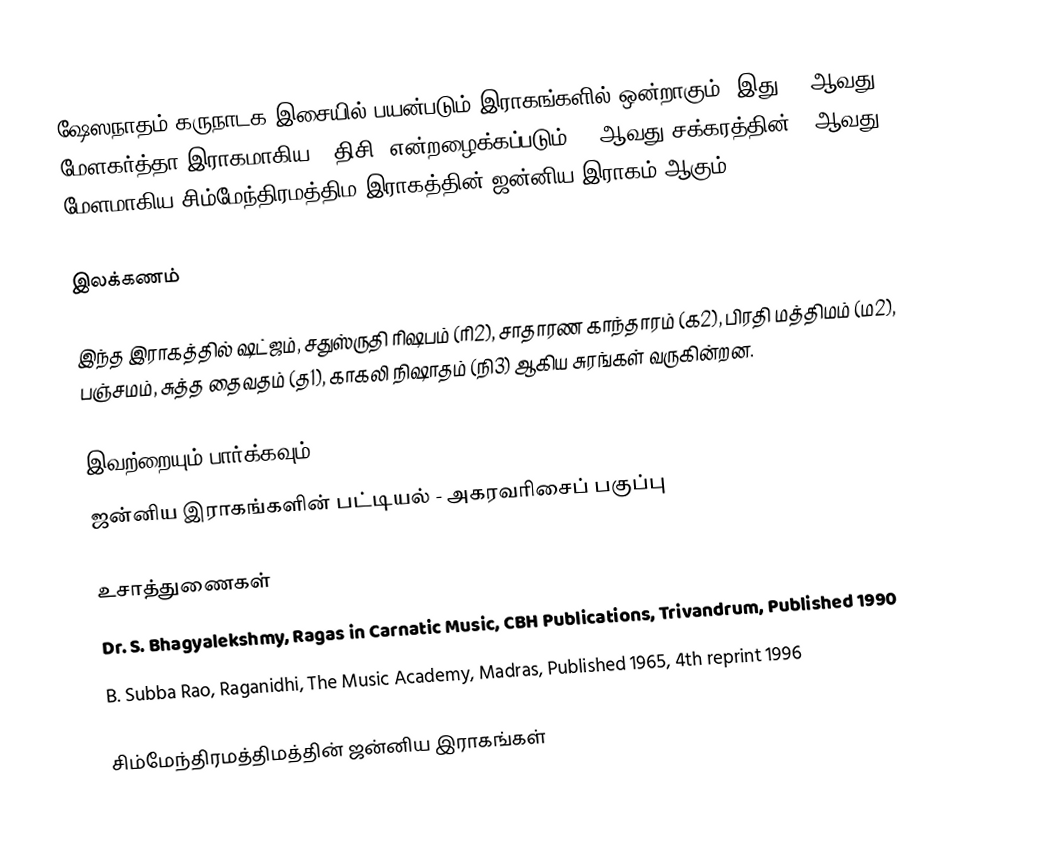
ஷேஸநாதம் கருநாடக இசையில் பயன்படும் இராகங்களில் ஒன்றாகும். இது 57 ஆவது மேளகர்த்தா இராகமாகிய, "திசி" என்றழைக்கப்படும் 10 ஆவது சக்கரத்தின் 3 ஆவது மேளமாகிய சிம்மேந்திரமத்திம இராகத்தின் ஜன்னிய இராகம் ஆகும்.

இலக்கணம்

இந்த இராகத்தில் ஷட்ஜம், சதுஸ்ருதி ரிஷபம் (ரி2),  சாதாரண காந்தாரம் (க2), பிரதி மத்திமம் (ம2), பஞ்சமம்,  சுத்த தைவதம் (த1), காகலி நிஷாதம்  (நி3) ஆகிய சுரங்கள் வருகின்றன.

இவற்றையும் பார்க்கவும்
 ஜன்னிய இராகங்களின் பட்டியல் - அகரவரிசைப் பகுப்பு

உசாத்துணைகள்
 Dr. S. Bhagyalekshmy, Ragas in Carnatic Music, CBH Publications, Trivandrum, Published 1990
 B. Subba Rao, Raganidhi, The Music Academy, Madras, Published 1965, 4th reprint 1996

சிம்மேந்திரமத்திமத்தின் ஜன்னிய இராகங்கள்